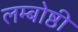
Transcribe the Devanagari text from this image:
लम्बोष्ठी